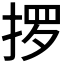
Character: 𫽋